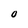
Character: 0